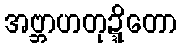
အဗ္ဘာဟတုဍ္ဍိတော